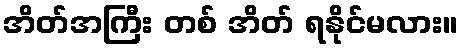
အိတ်အကြီး တစ် အိတ် ရနိုင်မလား။